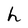
Character: h